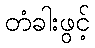
တံခါးဖွင့်